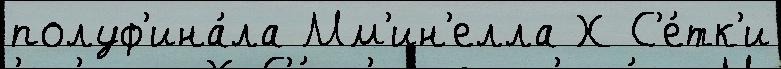
полуф'ина́ла Мм'ин'елла Х С'е́тк'и